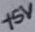
Text: +5V